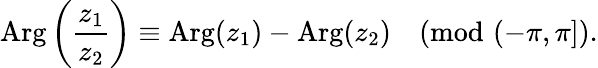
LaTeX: \operatorname{Arg}{\biggl(}{\frac{z_{1}}{z_{2}}}{\biggr)}\equiv\operatorname{Arg}(z_{1})-\operatorname{Arg}(z_{2}){\pmod{(-\pi,\pi]}}.